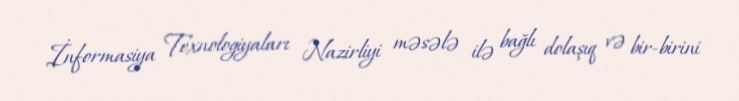
İnformasiya Texnologiyaları Nazirliyi məsələ ilə bağlı dolaşıq və bir-birini